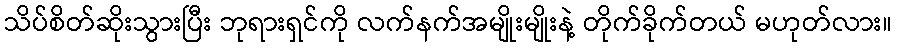
သိပ်စိတ်ဆိုးသွားပြီး ဘုရားရှင်ကို လက်နက်အမျိုးမျိုးနဲ့ တိုက်ခိုက်တယ် မဟုတ်လား။